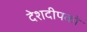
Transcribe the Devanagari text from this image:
देशदीपको